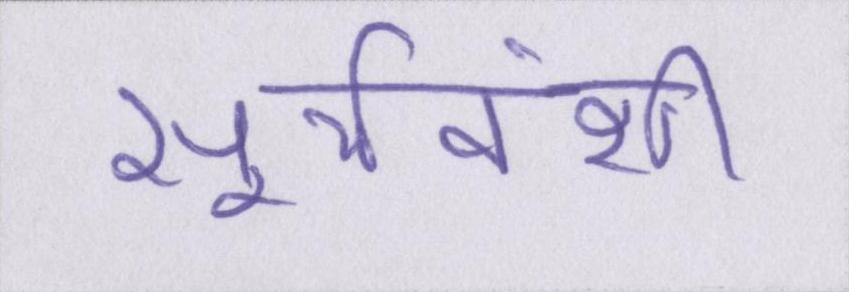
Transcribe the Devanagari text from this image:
सूर्यवंशी